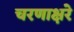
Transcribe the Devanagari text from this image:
चरणाक्षरे